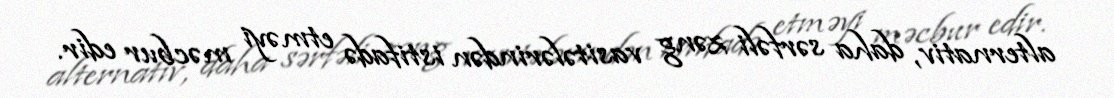
alternativ, daha sərfəli zəng vasitələrindən istifadə etməyi məcbur edir.